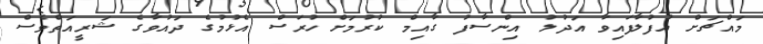
މައްޗަށް އުފުލާފައިވާ އަދުލު އިންސާފު ގާއިމް ކުރުމަށް ހުރަސް އެޅުމުގެ ދައުވާގެ ޝަރީއަތްވެސް